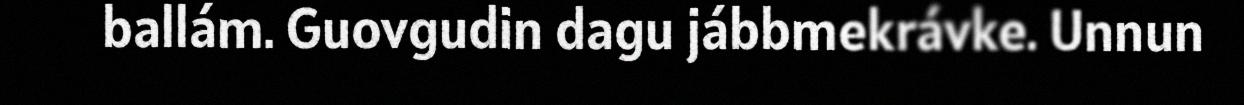
ballám. Guovgudin dagu jábbmekrávke. Unnun